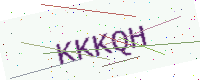
Text: KKKQH